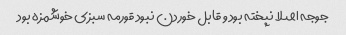
جوجه اصلا نپخته بود و قابل خوردن نبود قورمه سبزی خوشمزه بود